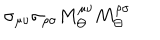
\sigma _ { \mu \nu } \sigma _ { \rho \sigma } M _ { \Theta } ^ { \mu \nu } M _ { \Theta } ^ { \rho \sigma }